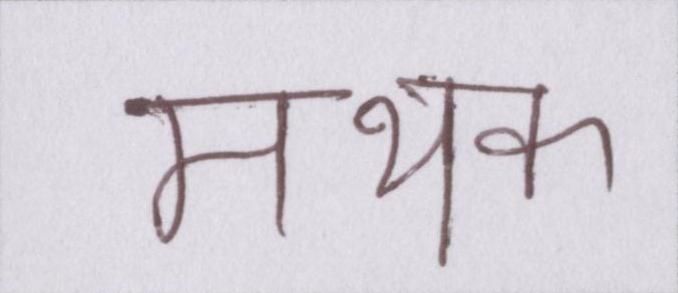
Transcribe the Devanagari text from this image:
मथक